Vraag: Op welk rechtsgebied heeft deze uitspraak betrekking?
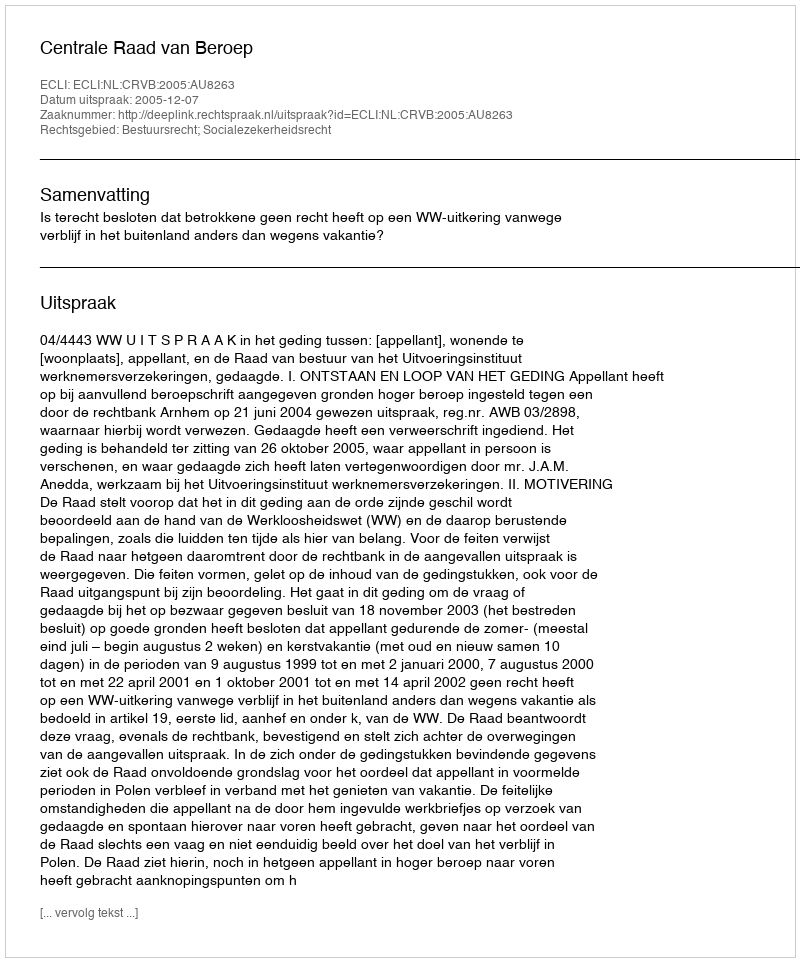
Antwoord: Bestuursrecht; Socialezekerheidsrecht